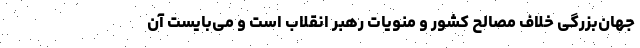
جهان‌بزرگی خلاف مصالح کشور و منویات رهبر انقلاب است و می‌بایست آن